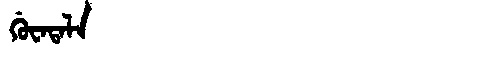
Manchu: ᡤᡠᠸᠠᡨᠠᠯᠠ
Romanization: GUWATALA